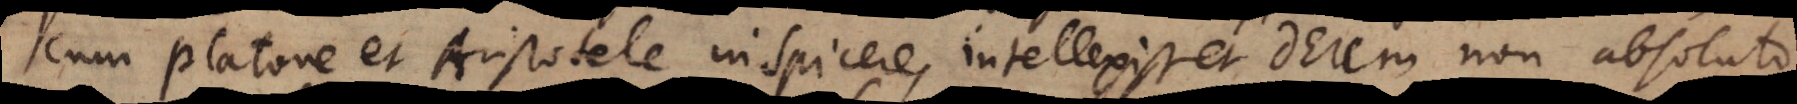
cum Platone et Aristotele inspicere, intellexisset Deum non absoluto